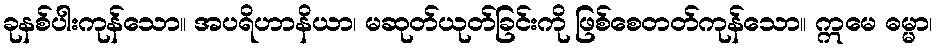
ခုနစ်ပါးကုန်သော။ အပရိဟာနိယာ၊ မဆုတ်ယုတ်ခြင်းကို ဖြစ်စေတတ်ကုန်သော။ ဣမေ ဓမ္မာ၊